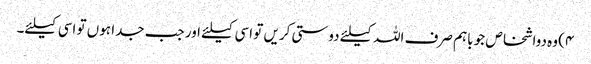
۴) وہ دواشخاص جو باہم صرف اللہ کیلئے دوستی کریں تو اسی کیلئے اور جب جدا ہوں تو اسی کیلئے۔